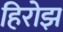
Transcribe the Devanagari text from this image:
हिरोझ